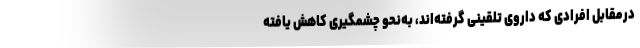
درمقابل افرادی که داروی تلقینی گرفته‌اند، به‌نحو چشمگیری کاهش یافته